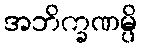
အဘိက္ခဏမ္ပိ